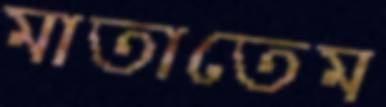
মাতাতেম